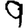
Digit: 9